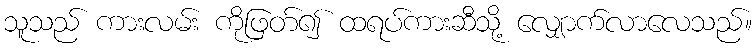
သူသည် ကားလမ်း ကိုဖြတ်၍ ထရပ်ကားဆီသို့ လျှောက်လာလေသည်။